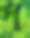
প্